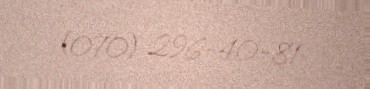
(070) 296-40-81